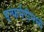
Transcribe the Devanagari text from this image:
इन्फर्मरीमध्ये